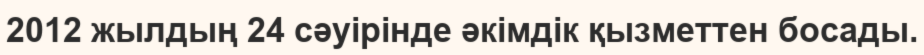
2012 жылдың 24 сәуірінде әкімдік қызметтен босады.